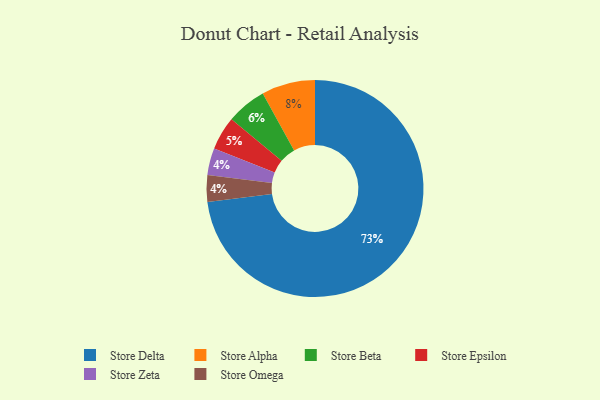
{"axis": {"x": "Category", "y": "Percentage"}, "legend": ["Store Alpha", "Store Beta", "Store Delta", "Store Epsilon", "Store Omega", "Store Zeta"], "data": [{"x": "Store Alpha", "y": 8, "type": "Store Alpha"}, {"x": "Store Beta", "y": 6, "type": "Store Beta"}, {"x": "Store Epsilon", "y": 5, "type": "Store Epsilon"}, {"x": "Store Zeta", "y": 4, "type": "Store Zeta"}, {"x": "Store Omega", "y": 4, "type": "Store Omega"}, {"x": "Store Delta", "y": 73, "type": "Store Delta"}]}